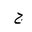
Letter: _gim